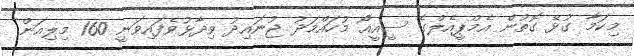
މިކަމާ ގުޅޭ ގޮތުން އެމްޕީއެލްގެ ސީއީއޯ މުހައްމަދު ޖުނައިދު ވިދާޅުވެފައިވަނީ 160 މިލިއަން